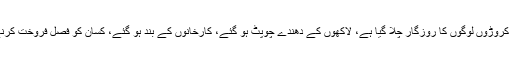
محترمہ گاندھی نے کہا کہ لاک ڈاؤن کی وجہ سے کروڑوں لوگوں کا روزگار چلا گیا ہے، لاکھوں کے دھندے چوپٹ ہو گئے، کارخانوں کے بند ہو گئے، کسان کو فصل فروخت کرنے کے لئے در در کی ٹھوکریں کھانی پڑ رہی ہے۔